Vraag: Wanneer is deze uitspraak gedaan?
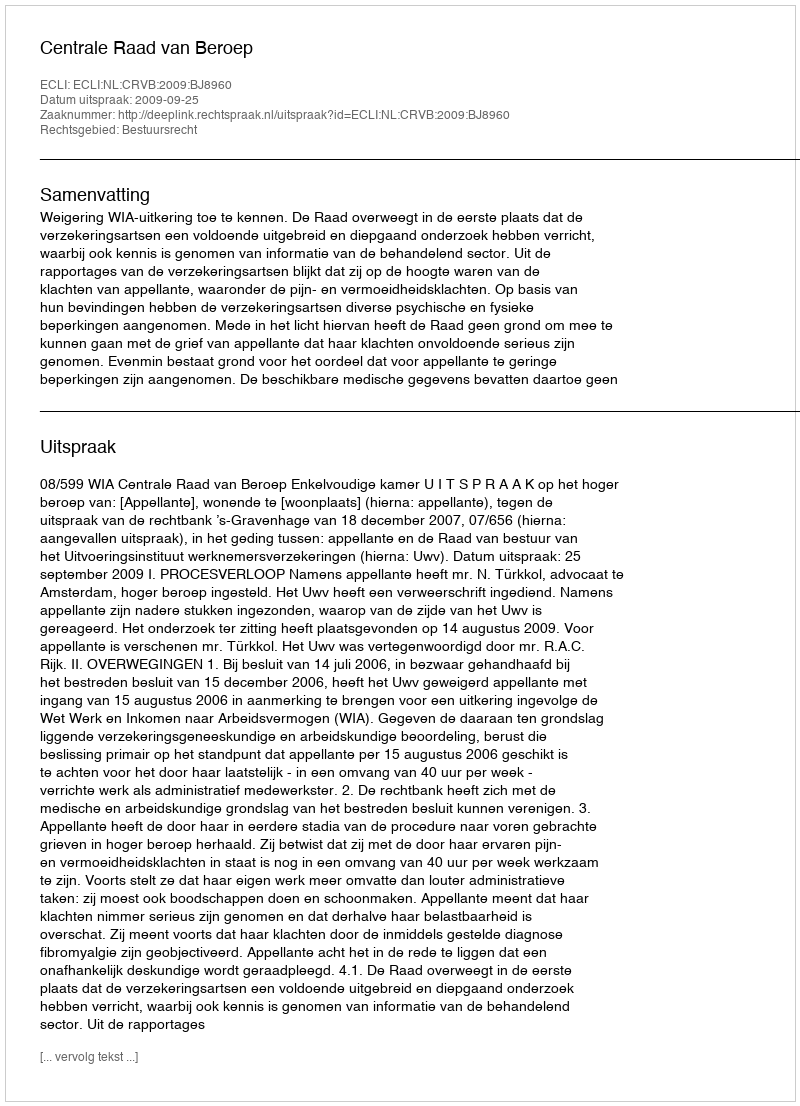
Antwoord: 2009-09-25